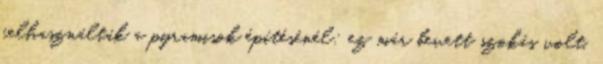
felhasználták a pyramisok építésénél; ez már bevett szokás volt.